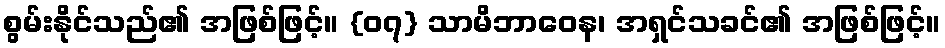
စွမ်းနိုင်သည်၏ အဖြစ်ဖြင့်။ {၀၇} သာမိဘာဝေန၊ အရှင်သခင်၏ အဖြစ်ဖြင့်။